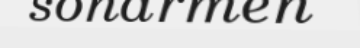
sonarmen